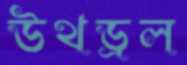
উথড্রল